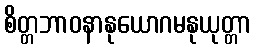
စိတ္တဘာဝနာနုယောဂမနုယုတ္တာ